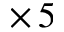
\times \, 5